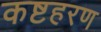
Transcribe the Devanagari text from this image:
कष्टहरण